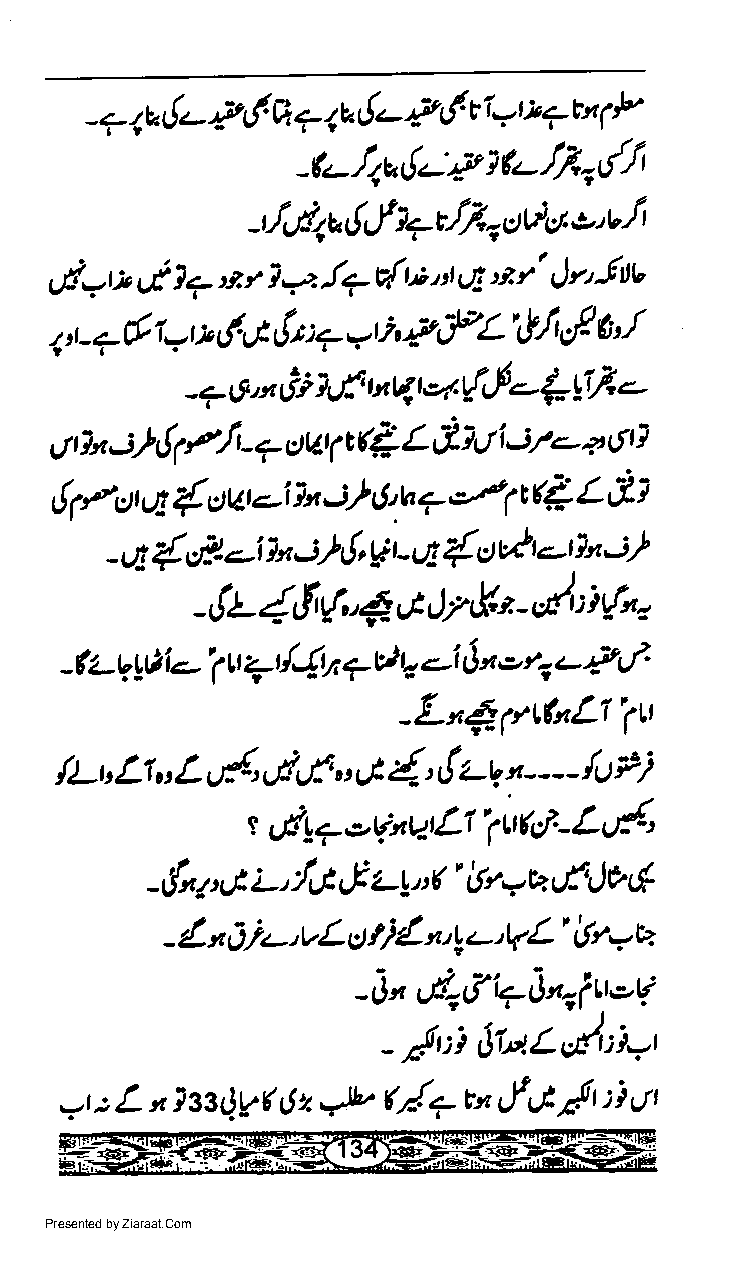
I L- P 6 q ? 4 6.- { tf v i v t *7 tu F
 - <-./,v                          S
 p
 -(,- /4a { -: i *- /f,
 "dt'
 l7J,E          -f'
 -tl,,Qt,!,-f     ctel,J,>'v
 gri=r,ia U( 1a *.r i4 !7u{w,t gg" ,e r' lr,-flv
 t
 t t e-& 14 * rf vt (r : 7 *t h.,v-,fL',J/t'f g'
 a  gii  {    --
 7 6, n Gi 7,.f u, qt -   Yrt
 -
 g On ;A! 1/i - 7 out ( (e L tii (/ i i/e- 4 6 tl
 *{
 {        ih,u,    oF1     L,i1
 t!        oW.-i ix      7
 1Pctr,4
 -,4 { 4- -i ln -:A!, g t - ut { u v} Ein i }
 tt
 1,f',{. 4 c Jr,Ht -'/' ; i f- o
 -                           "
 -fu - g yAl- i tt qt/{y1 7r} rr.-i I x e ri u.&- e?'
 -Lx,6-gttuL1iut
 /l-t, Lt, L,,{, d,f:,,,t {-' t! w n fu Pi
 - - - -
 nvL|'fl       rd'
 t,Jit             ('1.- L
 7 ou;
 {x p U L., y'G !'z-t, $' ilr,au tf- lv 6
 -
 4.* Atz-'vLcl li'{n't z-'t4L' i,fr7E
 -
 v/r,!1!"rivt*v
 -0n
 afi:i [1-tL44:irr
 -
 (./-
 *r : L x lttiV( tJ z *h'   tn,.f ,J /t :i tlr
 Presented by Ziaraat.Com